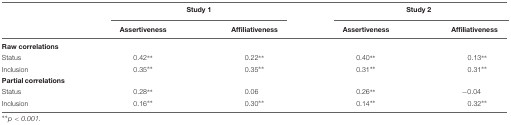
|  | <COLSPAN=2> Study 1 | <COLSPAN=2> Study 2 |
 |  | Assertiveness | Affiliativeness | Assertiveness | Affiliativeness |
 | --- | --- | --- | --- | --- |
 | Raw correlations |  |  |  |  |
 | Status | 0.42∗∗ | 0.22∗∗ | 0.40∗∗ | 0.13∗∗ |
 | Inclusion | 0.35∗∗ | 0.35∗∗ | 0.31∗∗ | 0.31∗∗ |
 | Partial correlations |  |  |  |  |
 | Status | 0.28∗∗ | 0.06 | 0.26∗∗ | -0.04 |
 | Inclusion | 0.16∗∗ | 0.30∗∗ | 0.14∗∗ | 0.32∗∗ |